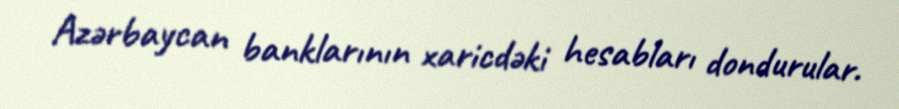
Azərbaycan banklarının xaricdəki hesabları dondurular.